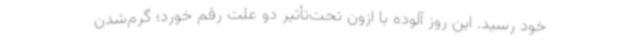
خود رسید. این روز آلوده با ازون تحت‌تأثیر دو علت رقم خورد؛ گرم‌شدن